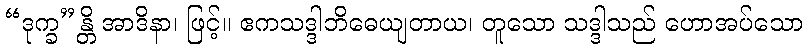
“ဒုက္ခ”န္တိ အာဒိနာ၊ ဖြင့်။ ဧကသဒ္ဒါဘိဓေယျတာယ၊ တူသော သဒ္ဒါသည် ဟောအပ်သော